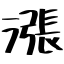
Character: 漲